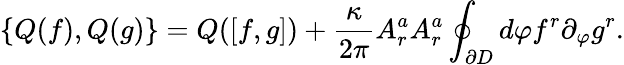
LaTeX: \{ Q(f),Q(g)\} =Q([f,g])+\frac{\kappa}{2\pi}A_{r}^{a}A_{r}^{a}\oint_{\partial D}d\varphi f^{r}\partial_{\varphi}g^{r}.